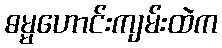
ဓမ္မဟောင်းကျမ်းထဲက